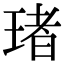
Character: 琽